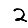
Digit: 2